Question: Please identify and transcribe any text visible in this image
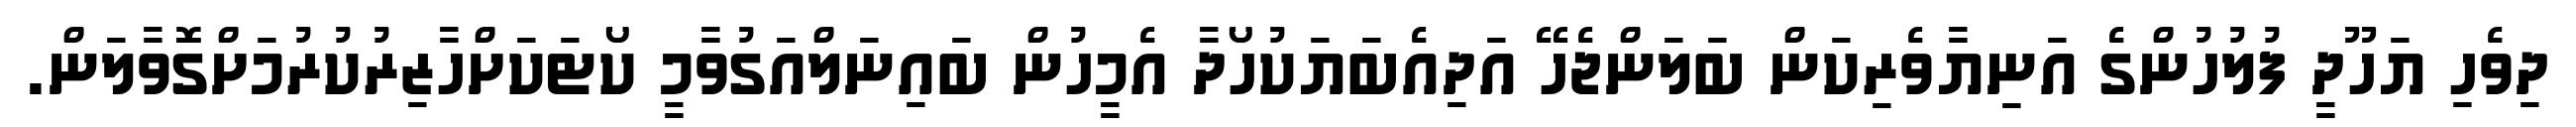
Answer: ދިވެހި ޔަހޫދީ ފުލުހުންގެ އަނިޔާވެރިކަން ބަލަންޖެހޭ އަދިއެބަޔަކުހޯދާ އެމީހުން ބައިނަލްއަގުވާމީ ކޯޓަކަށްހާޒިރުކުރުމަށްގޮވާލަން.